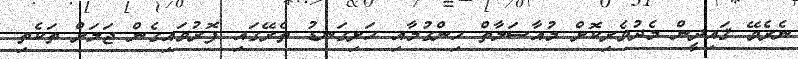
ނެރެވޭ ޤައިދީން މެދުވެރިކޮށް މުއާސަލާތް ހިންގުމާއި ހަށިގަނޑު ތެރޭގައި ފޮރުވައިގެން ޖަލަށް ތަކެތި